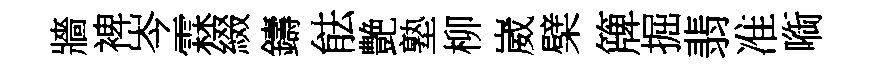
牆裨岑霖綴鑄䏻艶塾柳崴檗簰掘翡准㗸